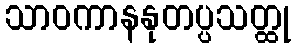
သာဝကာနနုတပ္ပသတ္ထု